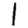
Digit: 1